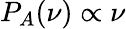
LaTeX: P_{A}(\nu)\propto\nu